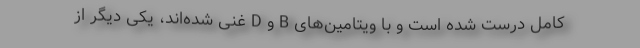
کامل درست شده‌ است و با ویتامین‌های B و D غنی شده‌اند، یکی دیگر از